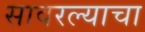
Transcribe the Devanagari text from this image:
सावरल्याचा